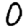
Digit: 0